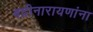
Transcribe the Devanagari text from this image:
बद्रीनारायणांना